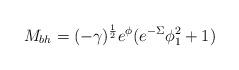
LaTeX: \begin{align*}M_{bh} = (- \gamma)^{\frac{1}{2}}e^{\phi} (e^{- \Sigma} \phi_1^2 + 1)\end{align*}